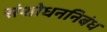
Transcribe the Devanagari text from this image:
संशोधननिबंध